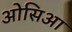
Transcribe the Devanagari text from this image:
ओसिआ